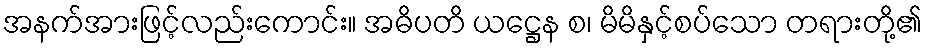
အနက်အားဖြင့်လည်းကောင်း။ အဓိပတိ ယဋ္ဌေန စ၊ မိမိနှင့်စပ်သော တရားတို့၏